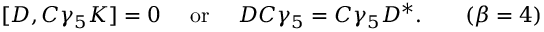
[ { \cal D } , C \gamma _ { 5 } K ] = 0 \quad \mathrm { ~ o r ~ } \quad { \cal D } C \gamma _ { 5 } = C \gamma _ { 5 } { \cal D } ^ { * } . \hfil \qquad ( \beta = 4 )